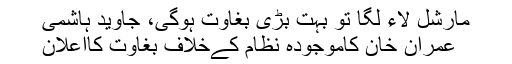
مارشل لاء لگا تو بہت بڑی بغاوت ہوگی، جاوید ہاشمی
عمران خان کاموجودہ نظام کےخلاف بغاوت کااعلان